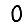
Digit: 0